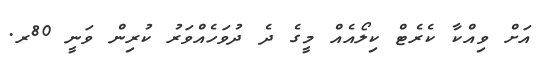
އަށް ވިއްކާ ކެރެޓް ކިލޯއެއް މީގެ ދެ ދުވަހެއްވަރު ކުރިން ވަނީ 80ރ.